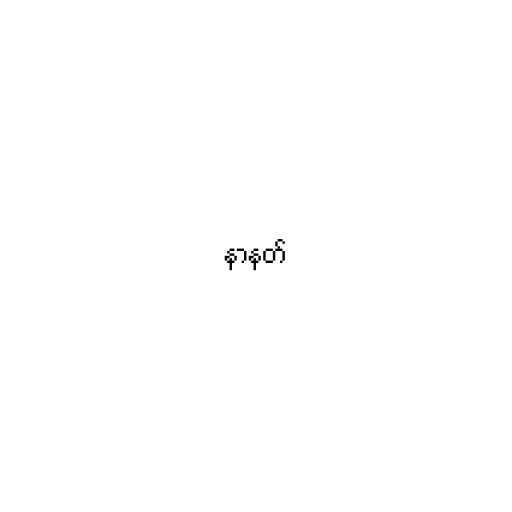
နာနတ်